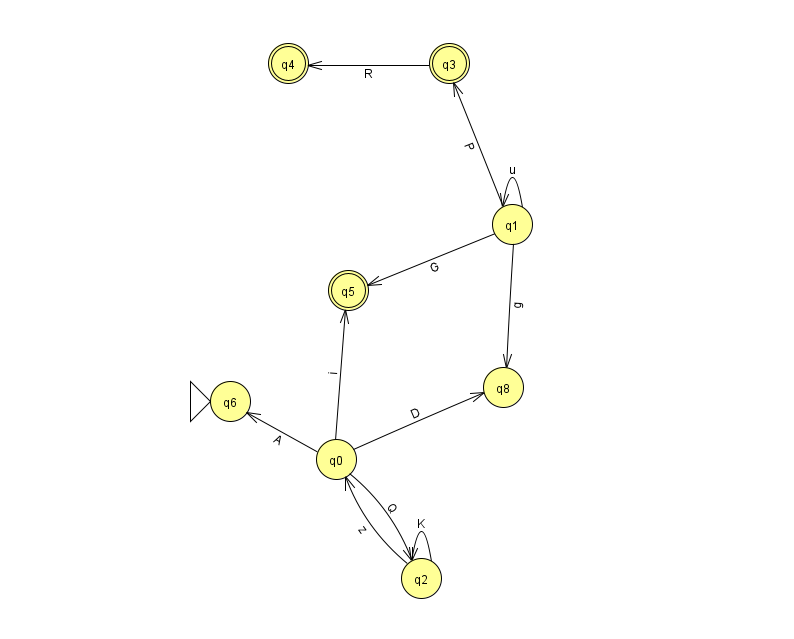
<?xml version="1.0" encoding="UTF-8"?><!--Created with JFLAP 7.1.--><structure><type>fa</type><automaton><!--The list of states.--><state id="0" name="q0"><x>336.0</x><y>446.0</y></state><state id="1" name="q1"><x>512.0</x><y>211.0</y></state><state id="2" name="q2"><x>421.0</x><y>565.0</y></state><state id="3" name="q3"><x>449.0</x><y>50.0</y><final/></state><state id="4" name="q4"><x>288.0</x><y>50.0</y><final/></state><state id="5" name="q5"><x>348.0</x><y>277.0</y><final/></state><state id="6" name="q6"><x>230.0</x><y>388.0</y><initial/></state><state id="8" name="q8"><x>503.0</x><y>374.0</y></state><!--The list of transitions.--><transition><from>1</from><to>5</to><read>G</read></transition><transition><from>3</from><to>4</to><read>R</read></transition><transition><from>0</from><to>6</to><read>A</read></transition><transition><from>1</from><to>1</to><read>u</read></transition><transition><from>0</from><to>8</to><read>D</read></transition><transition><from>0</from><to>2</to><read>Q</read></transition><transition><from>1</from><to>8</to><read>g</read></transition><transition><from>1</from><to>3</to><read>P</read></transition><transition><from>2</from><to>2</to><read>K</read></transition><transition><from>2</from><to>0</to><read>z</read></transition><transition><from>0</from><to>5</to><read>i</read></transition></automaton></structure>